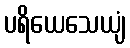
ပရိယေသေယျံ